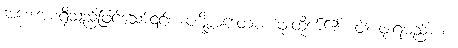
အစေးအစရှိသည်ဖြင့်သော်၎င်း။ ပဋိစ္ဆာဒေတဗ္ဗံ၊ ဖုံးထိုက်၏။ ဝါ၊ ဖုံးရမည်။ စ၊